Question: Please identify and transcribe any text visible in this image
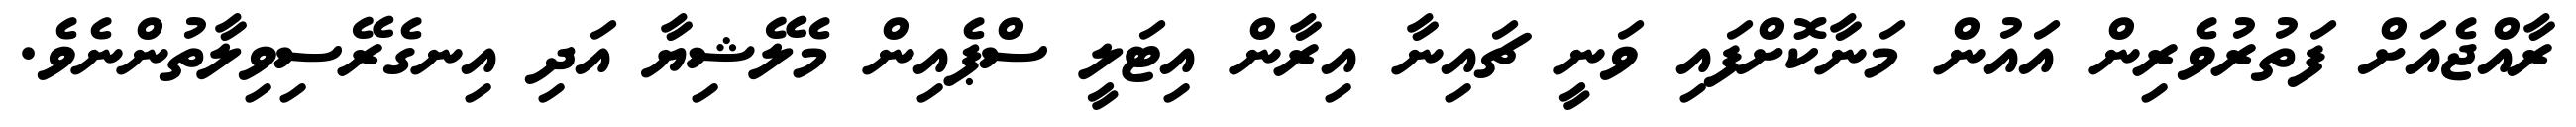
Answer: ރާއްޖެއަށް ފަތުރުވެރިން އައުން މަނާކޮށްފައި ވަނީ ޗައިނާ އިރާން އިޓަލީ ސްޕެއިން މެލޭޝިޔާ އަދި އިނގެރޭސިވިލާތުންނެވެ.